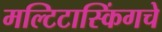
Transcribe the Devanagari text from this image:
मल्टिटास्किंगचे